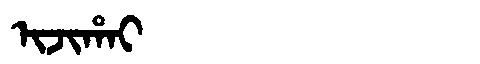
Manchu: ᡳᠵᡳᡥᠠᡳ
Romanization: IJIHAI